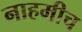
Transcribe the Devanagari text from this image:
नाहमीच